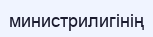
министрилигінің